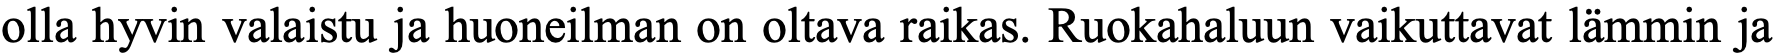
olla hyvin valaistu ja huoneilman on oltava raikas. Ruokahaluun vaikuttavat lämmin ja